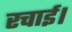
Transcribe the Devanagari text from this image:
रचाई।